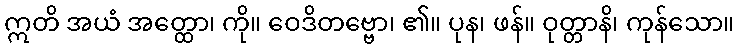
ဣတိ အယံ အတ္ထော၊ ကို။ ဝေဒိတဗ္ဗော၊ ၏။ ပုန၊ ဖန်။ ဝုတ္တာနိ၊ ကုန်သော။